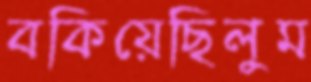
বকিয়েছিলুম